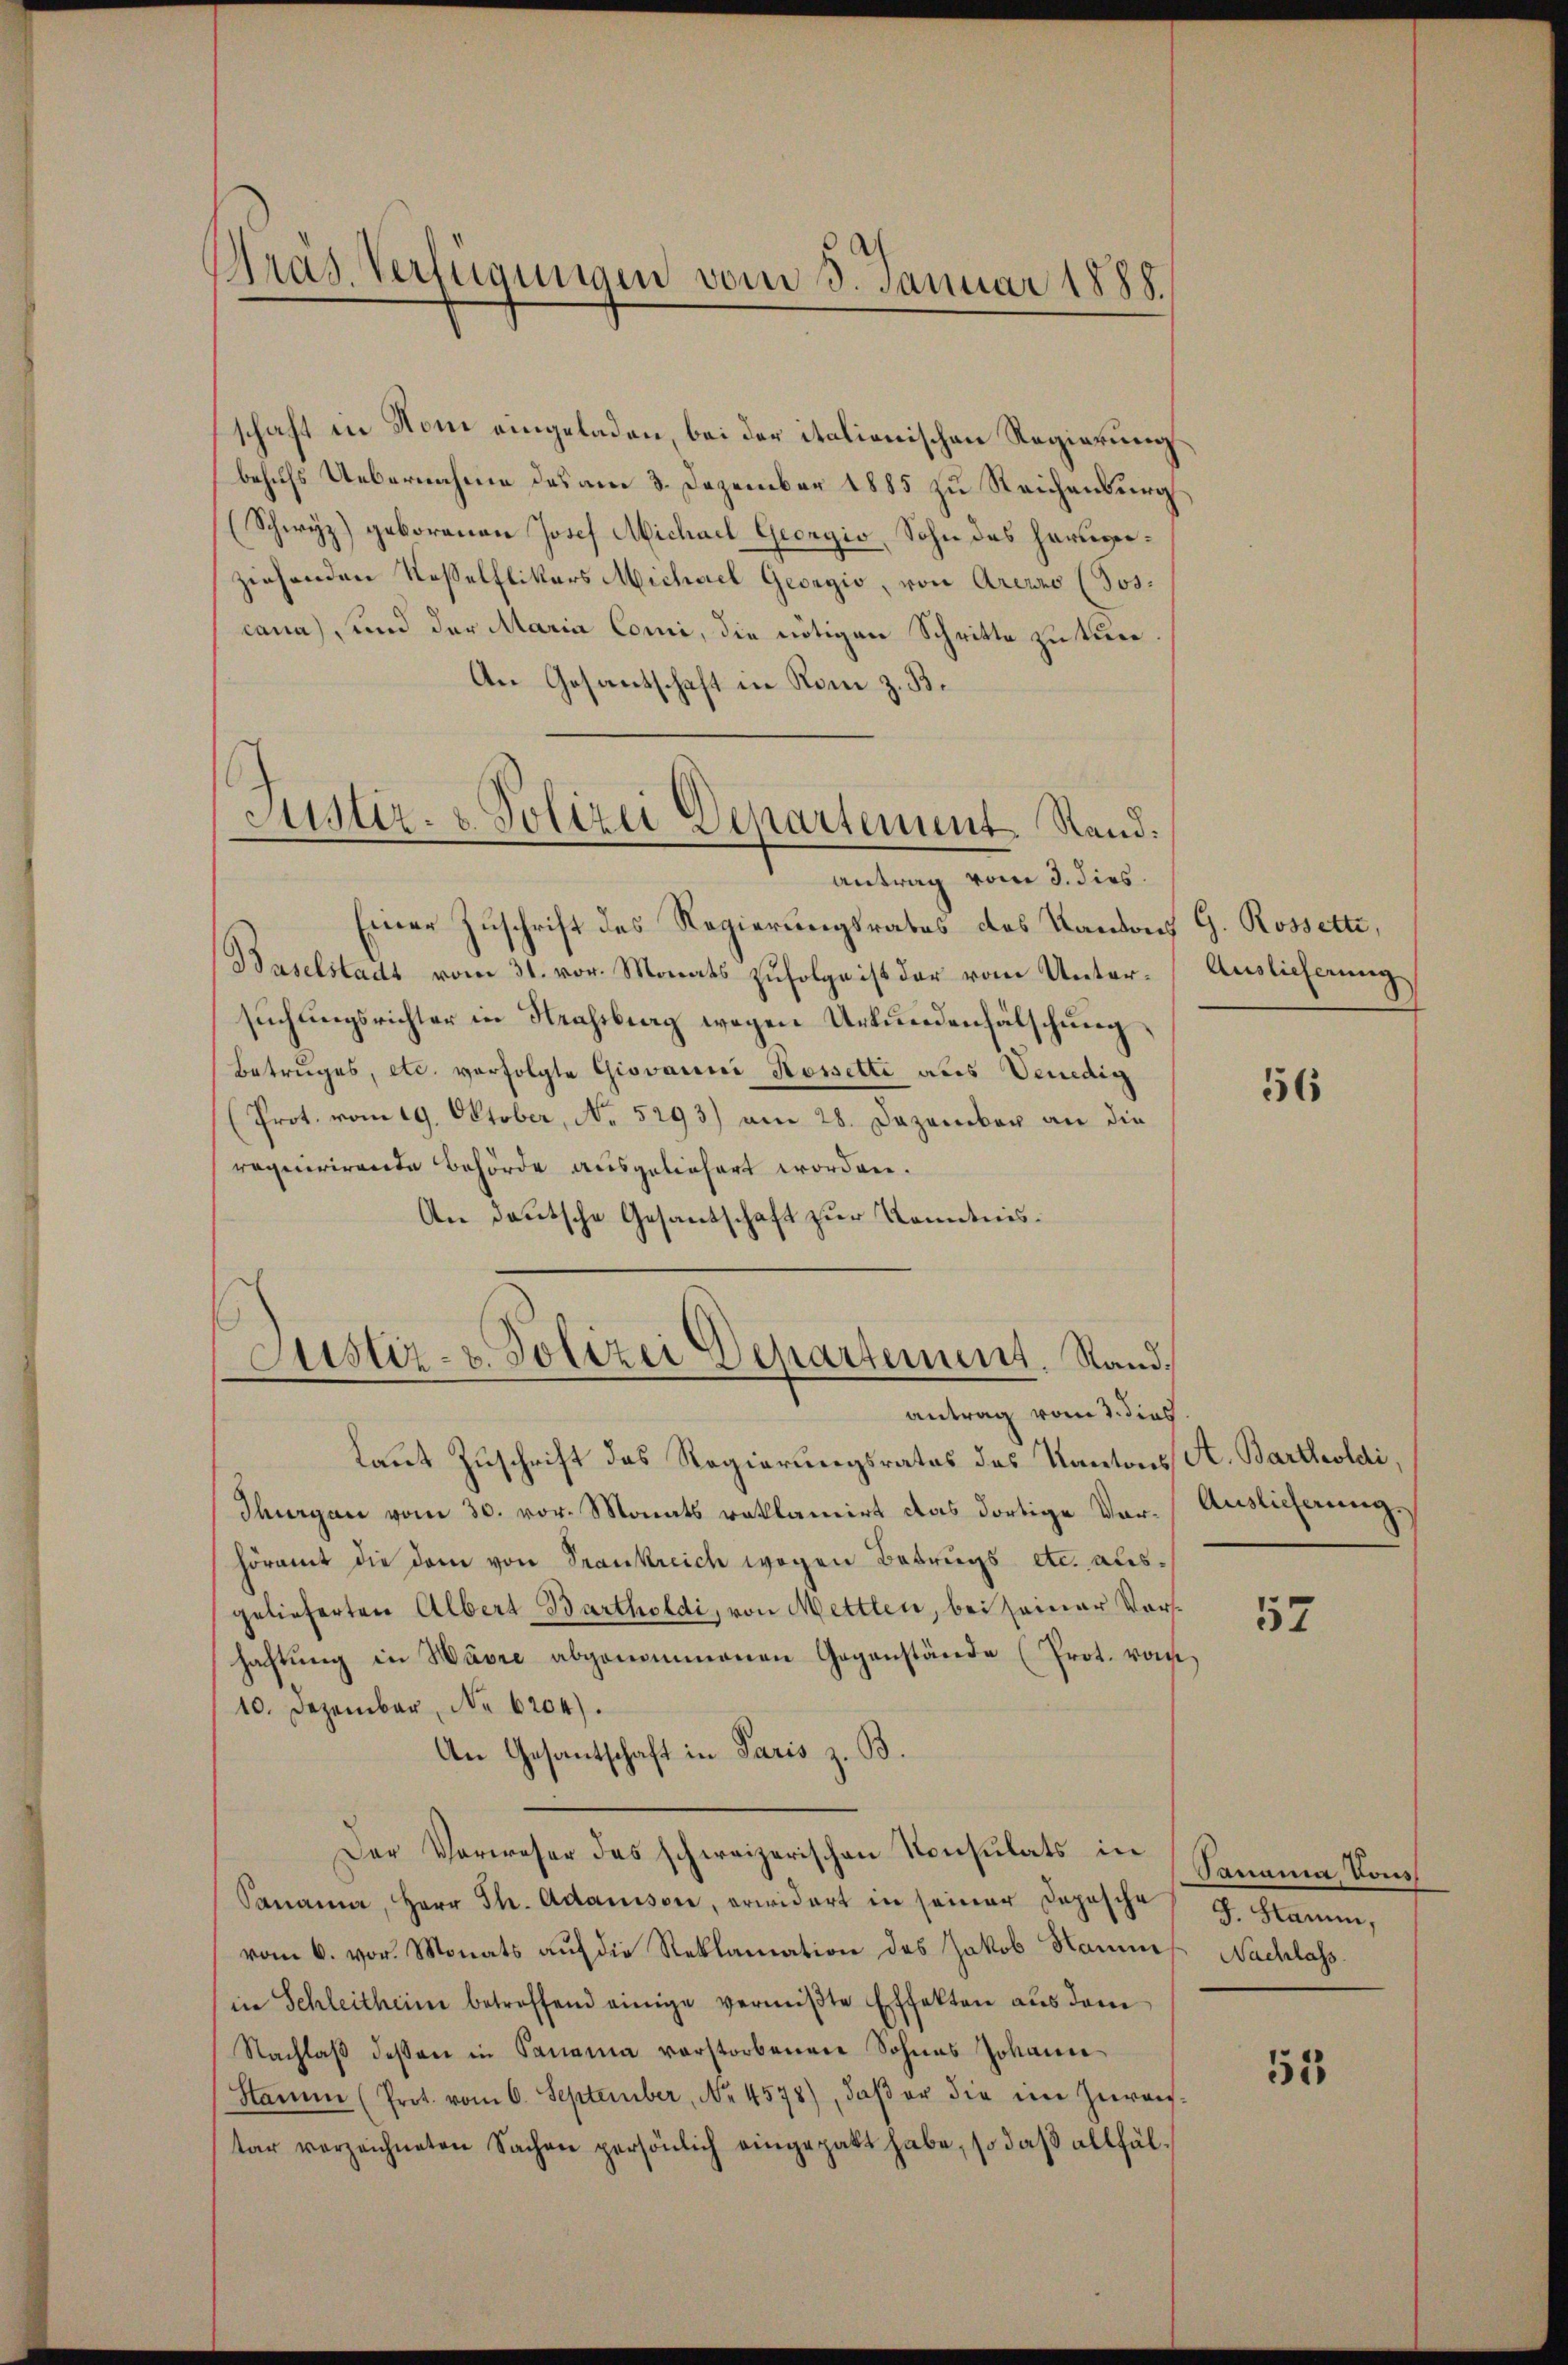
Präs. Verfügungen vom 3. Januar 1888.

1

schaft in Hom eingeladen, bei der italionischen Regierung
behufs Uebernahme des am 3. Dezember 1885 zu Reichenburg
(Schwyz) geborenen Josef Michael Georgio, Sohn des Hauseziehenden Koselflikers Michael Georgio, von Arezzo (Jos:
cana), und der Maria Comi, die nötigen Schritte zu tuer¬
An Gesantschaft in Rom z. B.
Justiz- & Polizei Departement. Stand:

Antrag vom 3. dies
Einer Zuschrift des Regierungsrates des Kantons G. Rossetti,
Baselstadt vom 31. vor. Monats zufolge ist der vom Untersuchungsrichter in Krassburg wegen Urkundenfälschung,
Betruges, etc. verfolgte Giovanni Rossette als Venedig
(Prot. vom 19. Oktober, No. 5293) am 28. Dezember an die
requirirende Behörde ausgeliefert worden.
An deutsche Gesandtschaft zur Kenntnis¬

Justiz- u. Polizei Departement. Sandantrag vom 3. dies

Auslieferung

Laut Zuschrift des Regierungsrates des Kantons A. Bartholdi,
Thurgau vom 30. vor. Monats roklamirt das dortige Ver-Auslieferung,
höramt die dem von Trankreich wegen Betrugs etc. ausgelieferten Albert Bartholdi, von Mettlen, bei seiner Vorsfaftŭng in Wäre abgenommenen Gegenstände (Prot. vom
10. Dezember, No 6204).
An Gesantschaft in Paris z. B.
Der Verweser des schweizerischen Konsulats in Panama, Kons
Panama, Herr Th. Adanison, erwidert in seiner Depesche
vom 6. vor. Monats aŭf die Reklamation des Jakob Naumes Nachlass
in Schleitheim betreffend einige vermißte Effekten aus dem
Nachlaβ dessen in Panama verstorbenen Sohnes Johann
Stamm (Prot. vom 6. September, No. 4578), daβ er die im Zureistar vorzeichneten Sachen persönlich eingepakt habe, so daβ allfäl¬

56

57

9. Hamm,

55